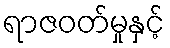
ရာဇဝတ်မှုနှင့်